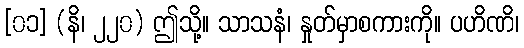
[၀၁] (နိ၊ ၂၂၀) ဤသို့။ သာသနံ၊ နှုတ်မှာစကားကို။ ပဟိဏိ၊